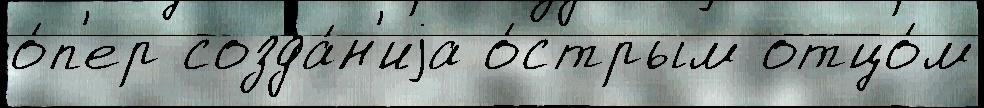
о́п'ер созда́н'иjа о́стрым отцо́м